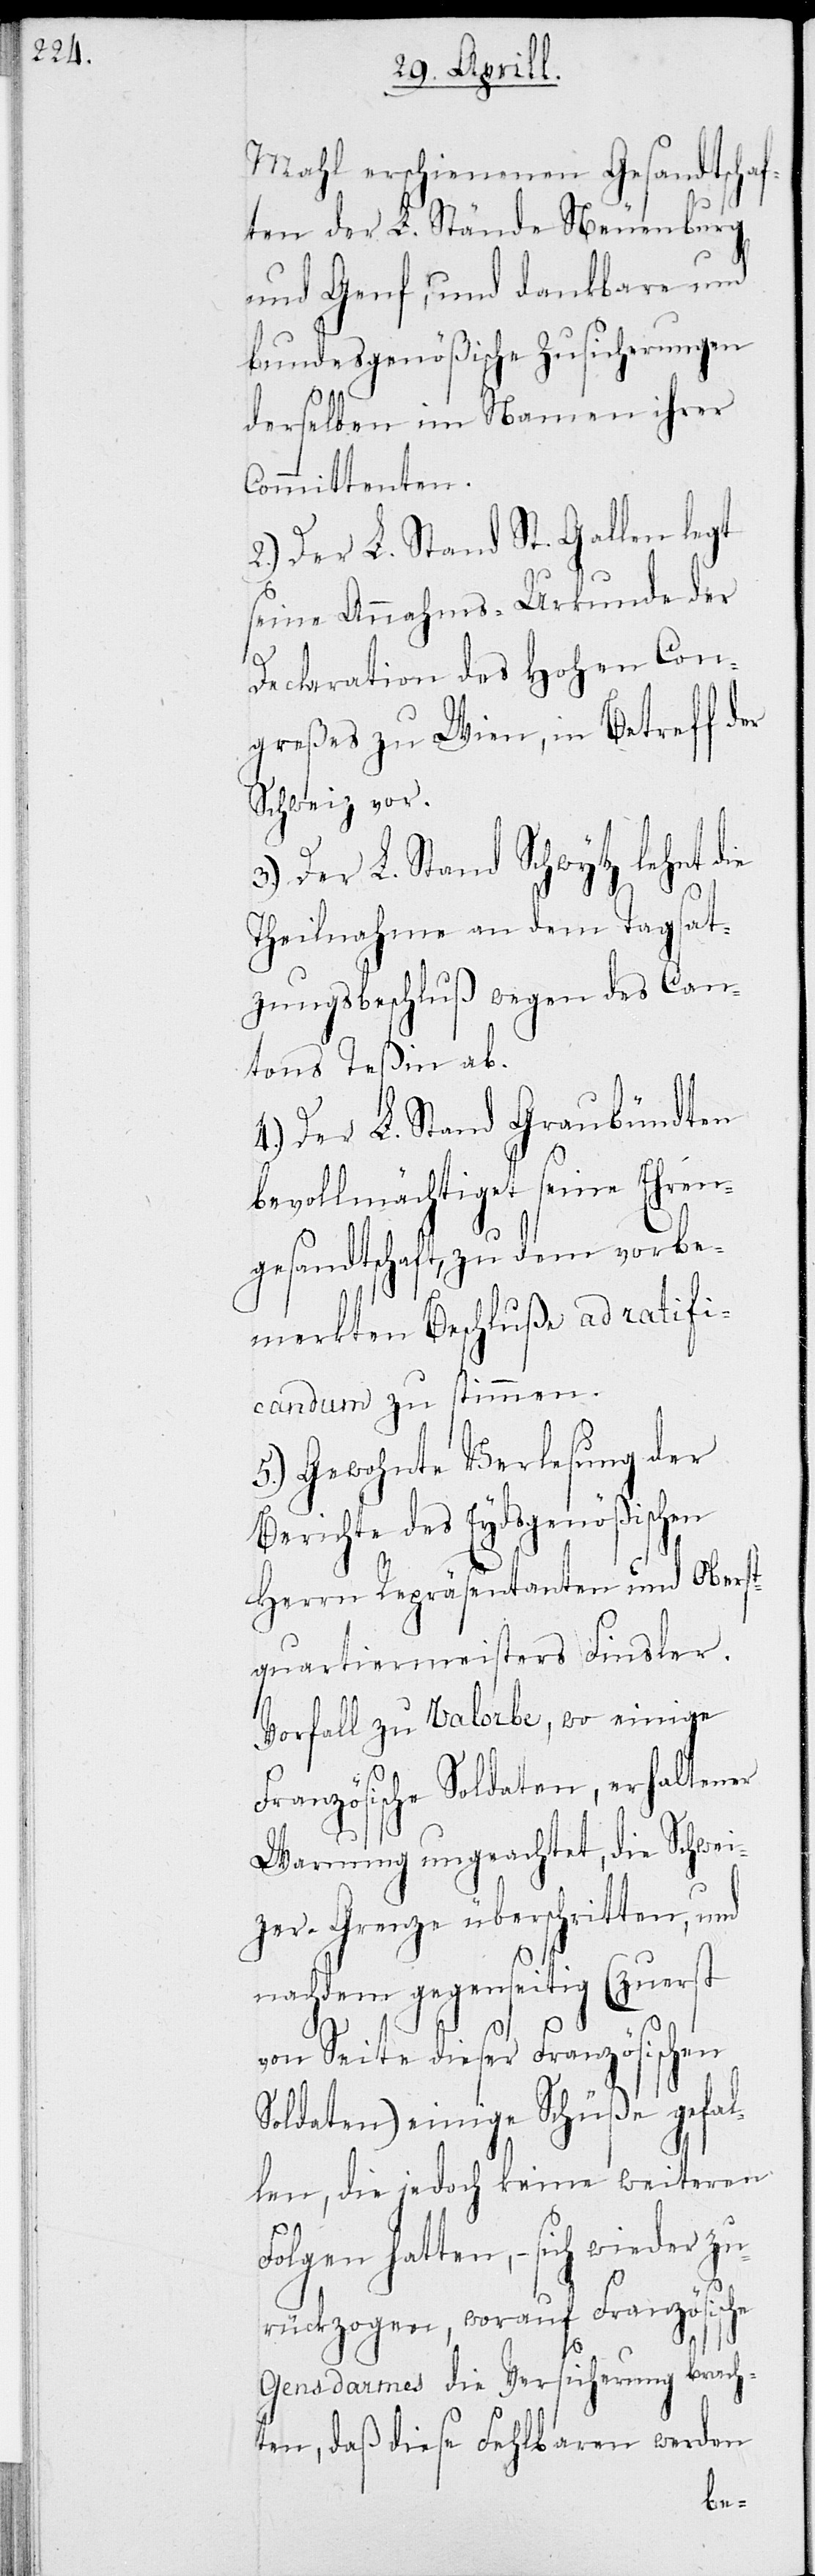
Mahl erschienenen Gesandtschaf¬
ten der L. Stände Neuenburg
und Genf, und dankbare und
bundesgenößischen Zusicherungen
derselben im Namen ihrer
Committenten.
2.) Der L. Stand St. Gallen legt
seine Annahms-Urkunde der
Declaration des Hohen Con¬
greßes zu Wien, in Betreff der
Schweiz vor.
3.) Der L. Stand Schwytz lehnt die
Theilnahme an dem Tagsat¬
zungsbeschluß wegen des Can¬
tons Teßin ab.
4.) Der L. Stand Graubündten
bevollmächtigt seine Ehren¬
gesandtschaft, zu dem vorbe¬
merkten Beschluße ad ratifi¬
candum zu stimmen.
5.) Gewohnte Verlesung der
Berichte des Eydsgenößischen
Herrn Repräsentanten und Oberst¬
quartiermeister Finsler.
Vorfall zu Valorbe, wo einige
Französischen Soldaten, erhaltener
Warnung ungeachtet, die Schwei¬
zer-Grenze überschritten, und
nach dem gegenseitig (zuerst
von Seite dieser Französischen
Soldaten) einige Schüße gefal¬
len, die jedoch keine weiteren
Folgen hatten, – sich wieder zu¬
rückzogen, worauf Französische
Gensdarmes die Versicherung brach¬
ten, daß diese Fehlbaren werden